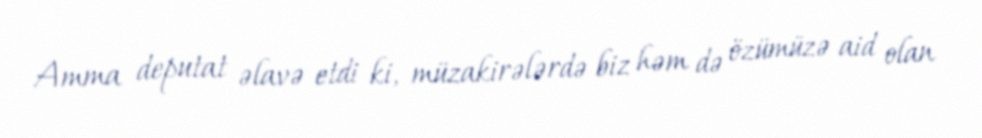
Amma deputat əlavə etdi ki, müzakirələrdə biz həm də özümüzə aid olan